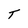
Character: T